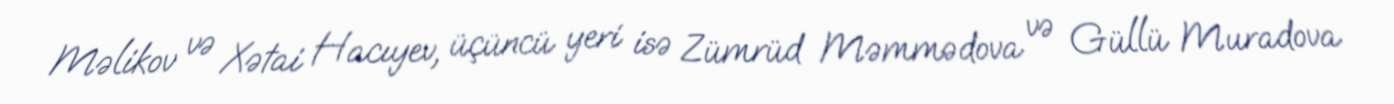
Məlikov və Xətai Hacıyev, üçüncü yeri isə Zümrüd Məmmədova və Güllü Muradova